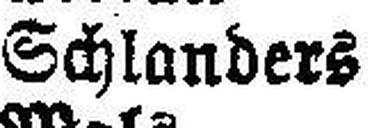
Schlanders